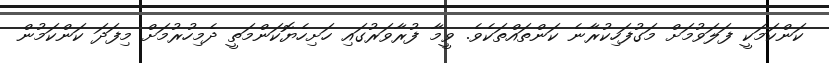
ކަންކަމަކީ ފަލަވުމަށް މަގުފަހިކުރާނެ ކަންތައްތަކެވެ. ވީމާ ފުރާވަރުގައި ހަށިހެޔޮކަންމަތީ ދެމިހުރުމަށް މިފަދަ ކަންކަމުން